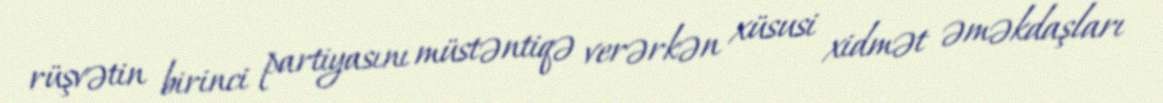
rüşvətin birinci partiyasını müstəntiqə verərkən xüsusi xidmət əməkdaşları